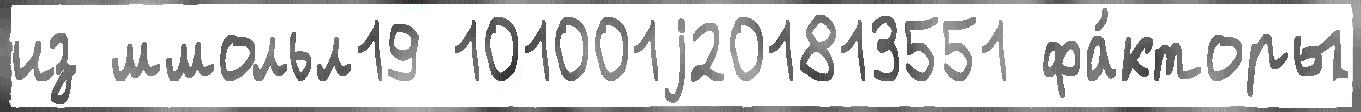
из ммольл19 101001j201813551 фа́кторы